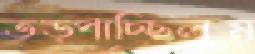
তড়্‌পাচ্ছিলুম